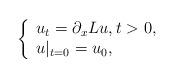
LaTeX: \begin{align*}\left\{ \begin{array}{l} u_t = \partial_x L u, t > 0, \\u |_{t = 0} = u_0, \end{array} \right.\end{align*}